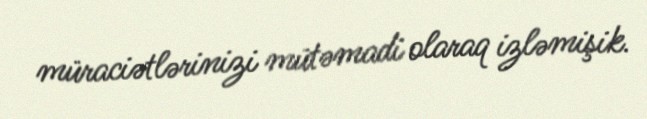
müraciətlərinizi mütəmadi olaraq izləmişik.